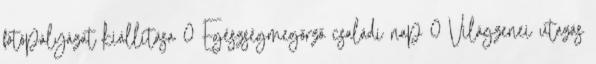
fotópályázat kiállítása 0 Egészségmegőrző családi nap 0 Világzenei utazás